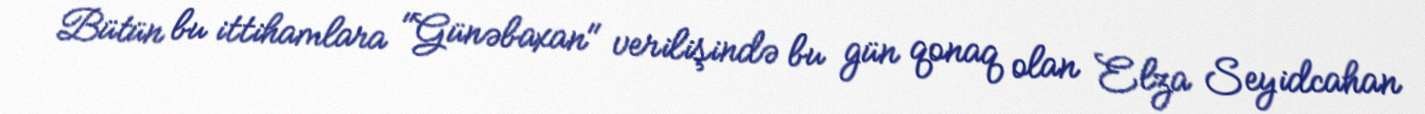
Bütün bu ittihamlara "Günəbaxan" verilişində bu gün qonaq olan Elza Seyidcahan